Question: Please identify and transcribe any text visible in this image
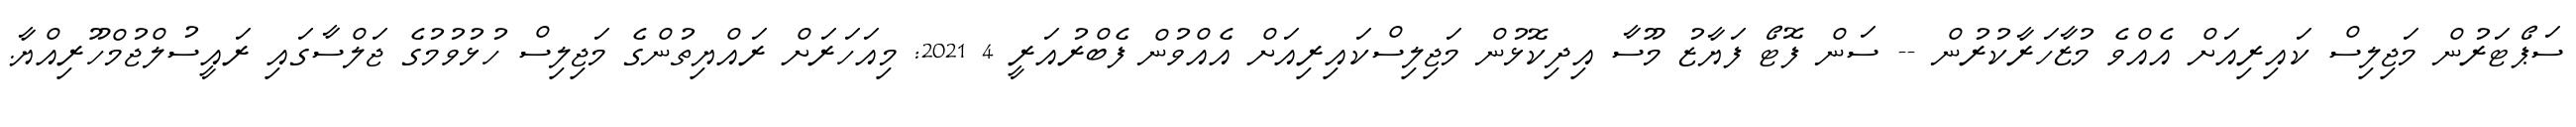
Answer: ސަޕޯޓަރުން މަޖިލިސް ކައިރިއަށް އެއްވެ މުޒާހަރާކުރުން -- ސަން ފޮޓޯ ފަޔާޒު މޫސާ އިދިކޮޅުން މަޖިލިސްކައިރިއަށް އެއްވުން ފެބްރުއަރީ 4 2021: މިއަހަރަށް ރައްޔިތުންގެ މަޖިލިސް ހުޅުވުމުގެ ޖަލްސާގައި ރައީސުލްޖުމްހޫރިއްޔާ.